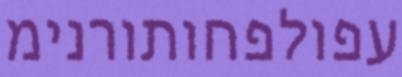
עפולפחותורנימ